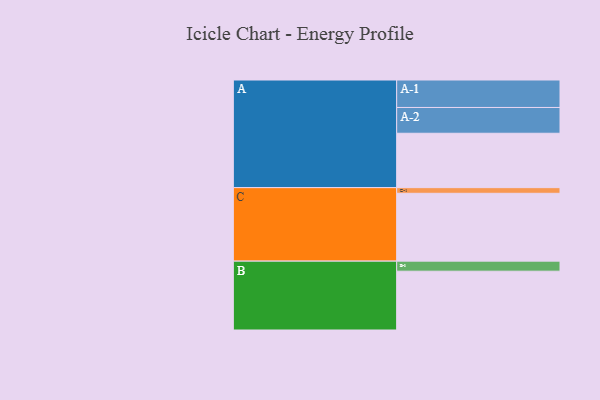
{"axis": {"x": "Segment", "y": "Value"}, "legend": ["", "A", "B", "C"], "data": [{"x": "A", "y": 481, "type": ""}, {"x": "B", "y": 520, "type": ""}, {"x": "C", "y": 600, "type": ""}, {"x": "A-1", "y": 243, "type": "A"}, {"x": "A-2", "y": 228, "type": "A"}, {"x": "B-1", "y": 89, "type": "B"}, {"x": "C-1", "y": 50, "type": "C"}]}